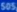
$05